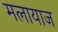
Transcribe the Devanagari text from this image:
मलायाज